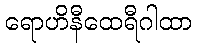
ရောဟိနီထေရီဂါထာ